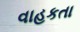
વાહકતા